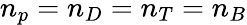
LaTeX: n_{p}=n_{D}=n_{T}=n_{B}